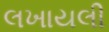
લખાયલી